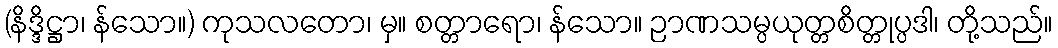
(နိဒ္ဒိဋ္ဌာ၊ န်သော။) ကုသလတော၊ မှ။ စတ္တာရော၊ န်သော။ ဉာဏသမ္ပယုတ္တစိတ္တုပ္ပဒါ၊ တို့သည်။